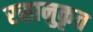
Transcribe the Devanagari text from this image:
रसानुकृत